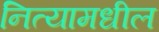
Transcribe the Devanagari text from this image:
नित्यामधील